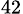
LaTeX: _{42}